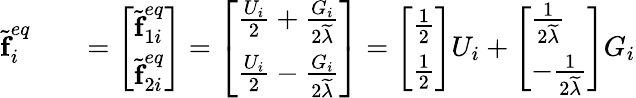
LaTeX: \begin{array}{rlr}{\widetilde{\textbf{f}}_{i}^{eq}}&{}&{=\left[\begin{array}{l}{\widetilde{\textbf{f}}_{1i}^{eq}}\\ {\widetilde{\textbf{f}}_{2i}^{eq}}\end{array}\right]=\left[\begin{array}{l}{\frac{U_{i}}{2}+\frac{G_{i}}{2\widetilde{\lambda}}}\\ {\frac{U_{i}}{2}-\frac{G_{i}}{2\widetilde{\lambda}}}\end{array}\right]=\left[\begin{array}{l}{\frac{1}{2}}\\ {\frac{1}{2}}\end{array}\right]U_{i}+\left[\begin{array}{l}{\frac{1}{2\widetilde{\lambda}}}\\ {-\frac{1}{2\widetilde{\lambda}}}\end{array}\right]G_{i}}\end{array}